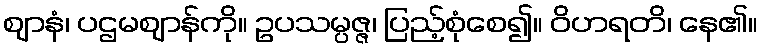
ဈာနံ၊ ပဌမဈာန်ကို။ ဥပသမ္ပဇ္ဇ၊ ပြည့်စုံစေ၍။ ဝိဟရတိ၊ နေ၏။